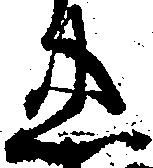
忠